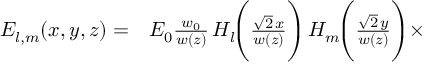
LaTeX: \begin{array} { r l } { E _ { l , m } ( x , y , z ) = } & { { } E _ { 0 } { \frac { w _ { 0 } } { w ( z ) } } \, H _ { l } \! { \Bigg ( } { \frac { { \sqrt { 2 } } \, x } { w ( z ) } } { \Bigg ) } \, H _ { m } \! { \Bigg ( } { \frac { { \sqrt { 2 } } \, y } { w ( z ) } } { \Bigg ) } \times } \end{array}